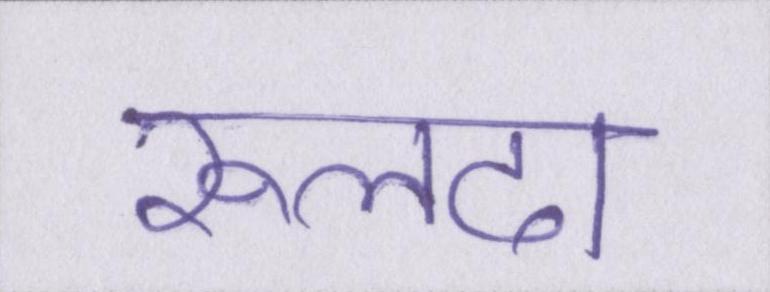
रूलदा